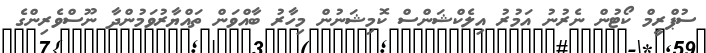
ސުޕްރީމް ކޯޓުން ނެރުނު އަމުރު އިލެކްޝަންސް ކޮމިޝަނުން މިހާރު ބާއްވަން ތައްޔާރުވަމުންދާ ނޫސްވެރިންގެ